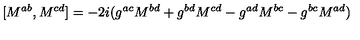
[ M ^ { a b } , M ^ { c d } ] = - 2 i ( g ^ { a c } M ^ { b d } + g ^ { b d } M ^ { c d } - g ^ { a d } M ^ { b c } - g ^ { b c } M ^ { a d } )